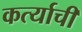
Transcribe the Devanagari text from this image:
कर्त्याची